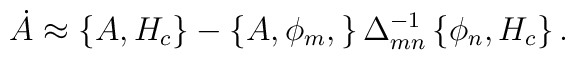
\dot{A}\approx \left\{ A,H_{c}\right\} -\left\{ A,\phi _{m},\right\} \Delta_{mn}^{-1}\left\{ \phi _{n},H_{c}\right\}.